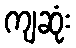
ကျဆုံး